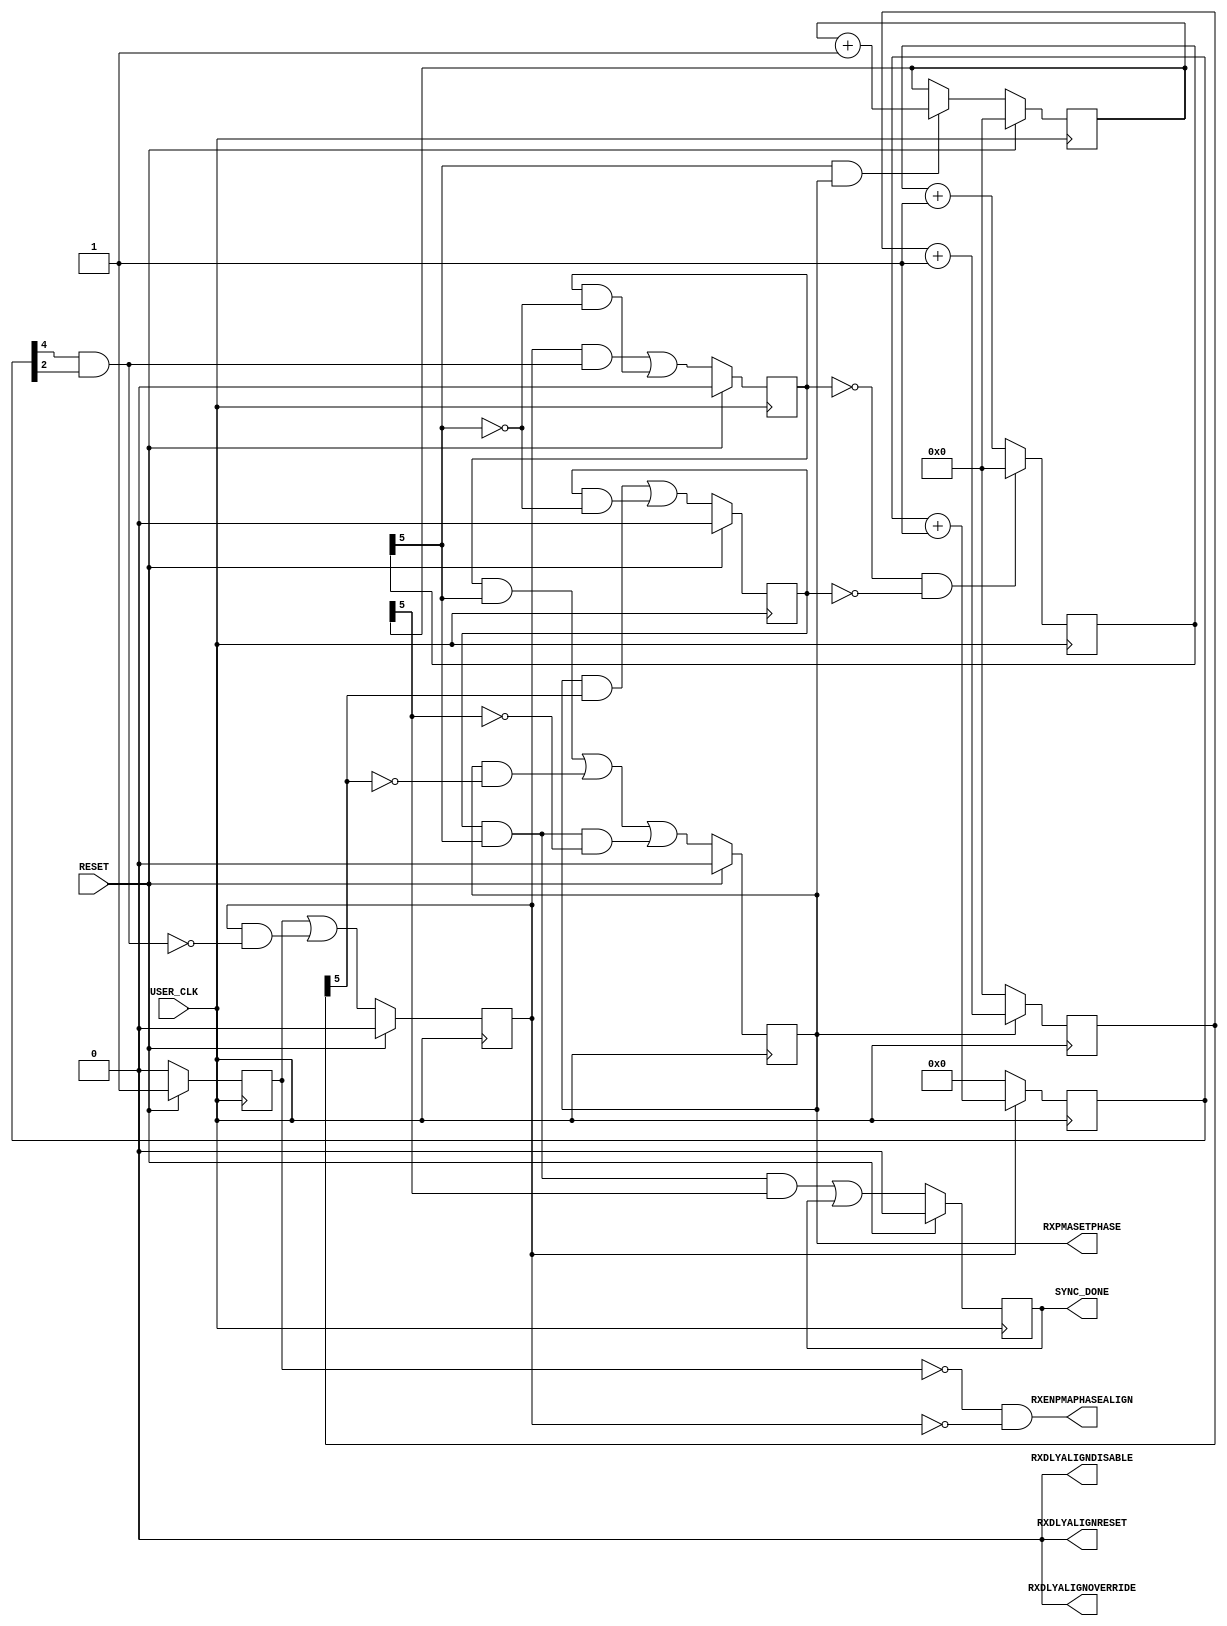
///////////////////////////////////////////////////////////////////////////////
//   ____  ____
//  /   /\/   /
// /___/  \  /    Vendor: Xilinx 
// \   \   \/     Version : 1.8
//  \   \         Application : Virtex-6 FPGA GTX Transceiver Wizard
//  /   /         Filename : rx_sync.v
// /___/   /\     Timestamp :
// \   \  /  \ 
//  \___\/\___\
//
//
// Module RX_SYNC
// Generated by Xilinx Virtex-6 FPGA GTX Transceiver Wizard
// 
// 
// (c) Copyright 2009-2010 Xilinx, Inc. All rights reserved.
// 
// This file contains confidential and proprietary information
// of Xilinx, Inc. and is protected under U.S. and
// international copyright and other intellectual property
// laws.
// 
// DISCLAIMER
// This disclaimer is not a license and does not grant any
// rights to the materials distributed herewith. Except as
// otherwise provided in a valid license issued to you by
// Xilinx, and to the maximum extent permitted by applicable
// law: (1) THESE MATERIALS ARE MADE AVAILABLE "AS IS" AND
// WITH ALL FAULTS, AND XILINX HEREBY DISCLAIMS ALL WARRANTIES
// AND CONDITIONS, EXPRESS, IMPLIED, OR STATUTORY, INCLUDING
// BUT NOT LIMITED TO WARRANTIES OF MERCHANTABILITY, NON-
// INFRINGEMENT, OR FITNESS FOR ANY PARTICULAR PURPOSE; and
// (2) Xilinx shall not be liable (whether in contract or tort,
// including negligence, or under any other theory of
// liability) for any loss or damage of any kind or nature
// related to, arising under or in connection with these
// materials, including for any direct, or any indirect,
// special, incidental, or consequential loss or damage
// (including loss of data, profits, goodwill, or any type of
// loss or damage suffered as a result of any action brought
// by a third party) even if such damage or loss was
// reasonably foreseeable or Xilinx had been advised of the
// possibility of the same.
// 
// CRITICAL APPLICATIONS
// Xilinx products are not designed or intended to be fail-
// safe, or for use in any application requiring fail-safe
// performance, such as life-support or safety devices or
// systems, Class III medical devices, nuclear facilities,
// applications related to the deployment of airbags, or any
// other applications that could lead to death, personal
// injury, or severe property or environmental damage
// (individually and collectively, "Critical
// Applications"). Customer assumes the sole risk and
// liability of any use of Xilinx products in Critical
// Applications, subject only to applicable laws and
// regulations governing limitations on product liability.
// 
// THIS COPYRIGHT NOTICE AND DISCLAIMER MUST BE RETAINED AS
// PART OF THIS FILE AT ALL TIMES. 


`timescale 1ns / 1ps
`define DLY #1

module GTX_RX_SYNC 
(
    output          RXENPMAPHASEALIGN,
    output          RXPMASETPHASE,
    output          RXDLYALIGNDISABLE,
    output          RXDLYALIGNOVERRIDE,
    output          RXDLYALIGNRESET,
    output          SYNC_DONE,
    input           USER_CLK,
    input           RESET

);


//*******************************Register Declarations************************

    reg            begin_r;
    reg            phase_align_r;
    //* max_fanout = 2 *
    reg            ready_r;
    reg   [5:0]    sync_counter_r;
    reg   [5:0]    sync_done_count_r;
    reg   [4:0]    align_reset_counter_r;
    reg            wait_after_sync_r;
    reg   [5:0]    wait_before_setphase_counter_r;
    reg            wait_before_setphase_r;
    reg            align_reset_r;
    
//*******************************Wire Declarations****************************
    
    wire           count_32_setphase_complete_r;
    wire           count_32_wait_complete_r;
    wire           count_align_reset_complete_r;
    wire           next_phase_align_c;
    wire           next_align_reset_c;    
    wire           next_ready_c;
    wire           next_wait_after_sync_c;
    wire           next_wait_before_setphase_c;
    wire           sync_32_times_done_r;

//*******************************Main Body of Code****************************

    //________________________________ State machine __________________________    
    // This state machine manages the phase alingment procedure of the GTX on the
    // receive side. The module is held in reset till the usrclk source is stable
    // and RXRESETDONE is asserted. In the case that a MMCM is used to generate 
    // rxusrclk, the mmcm_locked signal is used to indicate a stable usrclk source.
    // Once the RXRESETDONE and mmcm_locked is asserted, the state machine goes 
    // into the align_reset_r for 20 cycles. After this, it goes into the 
    // wait_before_setphase_r state for 32 cycles. After asserting PHASEALIGN 
    // and waiting 32 cycles, it enters the phase_align_r state where RXPMASETPHASE 
    // is asserted for 32 clock cycles. After the port is deasserted, the state 
    // machine goes into a wait state for 32 cycles. This procedure is repeated 32 times.
    
    // State registers
    always @(posedge USER_CLK)
        if(RESET)
            {begin_r,align_reset_r,wait_before_setphase_r,phase_align_r,wait_after_sync_r,ready_r}  <=  `DLY    6'b100000;
        else
        begin
            begin_r                <=  `DLY    1'b0;
            align_reset_r          <=  `DLY    next_align_reset_c;
            wait_before_setphase_r <=  `DLY    next_wait_before_setphase_c;
            phase_align_r          <=  `DLY    next_phase_align_c;
            wait_after_sync_r      <=  `DLY    next_wait_after_sync_c;
            ready_r                <=  `DLY    next_ready_c;
        end

    // Next state logic                        
    assign  next_align_reset_c          =   begin_r |
                                            (align_reset_r & !count_align_reset_complete_r);
                                        
    assign  next_wait_before_setphase_c =   (align_reset_r & count_align_reset_complete_r) |
                                            (wait_before_setphase_r & !count_32_wait_complete_r);
                                        
    assign  next_phase_align_c          =   (wait_before_setphase_r & count_32_wait_complete_r) |
                                            (phase_align_r & !count_32_setphase_complete_r) |
                                            (wait_after_sync_r & count_32_wait_complete_r & !sync_32_times_done_r);
                                        
    assign  next_wait_after_sync_c      =   (phase_align_r & count_32_setphase_complete_r) |
                                            (wait_after_sync_r & !count_32_wait_complete_r);

    assign  next_ready_c                =   (wait_after_sync_r & count_32_wait_complete_r & sync_32_times_done_r) |
                                            ready_r;



    //______ Counter for holding RXDLYALIGNRESET for 20 RXUSRCLK2 cycles ______
    always @(posedge USER_CLK)
    begin
        if (!align_reset_r)
            align_reset_counter_r <= `DLY 5'b00000;
        else
            align_reset_counter_r <= `DLY align_reset_counter_r +1'b1;
    end

    assign count_align_reset_complete_r = align_reset_counter_r[4]
                                        & align_reset_counter_r[2];

    //_______ Counter for waiting 32 clock cycles before TXPMASETPHASE ________
    always @(posedge USER_CLK)
    begin
        if (!wait_before_setphase_r && !wait_after_sync_r)
            wait_before_setphase_counter_r <= `DLY  6'b000000;
        else
            wait_before_setphase_counter_r <= `DLY  wait_before_setphase_counter_r + 1'b1;
    end

    assign count_32_wait_complete_r = wait_before_setphase_counter_r[5];

    //_______________ Counter for holding SYNC for SYNC_CYCLES ________________
    always @(posedge USER_CLK)
    begin
        if (!phase_align_r)
            sync_counter_r <= `DLY  6'b000000;
        else
            sync_counter_r <= `DLY  sync_counter_r + 1'b1;
    end

    assign count_32_setphase_complete_r = sync_counter_r[5];

    //__________ Counter for counting number of times sync is done ____________
    always @(posedge USER_CLK)
    begin
        if (RESET)
            sync_done_count_r <= `DLY  6'b000000;
        else if(count_32_wait_complete_r && phase_align_r)
            sync_done_count_r <= `DLY  sync_done_count_r + 1'b1;
    end

    assign sync_32_times_done_r = sync_done_count_r[5];

    //_______________ Assign the phase align ports into the GTX _______________

//    assign RXDLYALIGNRESET    = align_reset_r; // JRG, was 1'b0;
    assign RXDLYALIGNRESET    = 1'b0;

    assign RXENPMAPHASEALIGN  = !begin_r & !align_reset_r;
    assign RXPMASETPHASE      = phase_align_r;

//    assign RXDLYALIGNDISABLE  = begin_r | ready_r; // JRG, does this even work?  was 1'b0. 
//    assign RXDLYALIGNDISABLE  = 1'b1; // begin_r | ready_r; // JRG, is this best?  was 1'b0. 
    assign RXDLYALIGNDISABLE  = 1'b0; // Xilinx does not recommend this, but it was set to this...

//    assign RXDLYALIGNOVERRIDE = 1'b1; // JGhere, used to be 1'b0, set it to 1 for rx_dlyalign testing
    assign RXDLYALIGNOVERRIDE = 1'b0; // JGhere, used to be hardcoded 1'b0 at upper level, disables rx_dlyalign

    //_______________________ Assign the sync_done port _______________________

    assign SYNC_DONE = ready_r;

endmodule